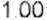
1.00